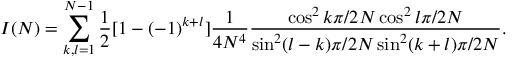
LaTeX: I ( N ) = \sum _ { k , l = 1 } ^ { N - 1 } \frac { 1 } { 2 } [ 1 - ( - 1 ) ^ { k + l } ] \frac { 1 } { 4 N ^ { 4 } } \frac { \cos ^ { 2 } k \pi / 2 N \cos ^ { 2 } l \pi / 2 N } { \sin ^ { 2 } ( l - k ) \pi / 2 N \sin ^ { 2 } ( k + l ) \pi / 2 N } .